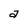
Character: a